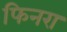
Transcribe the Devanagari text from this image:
फिनरा